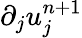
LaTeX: \partial_{j}u_{j}^{n+1}